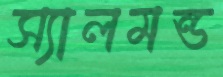
স্যালমন্ড